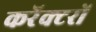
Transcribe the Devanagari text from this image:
करॅक्टरों